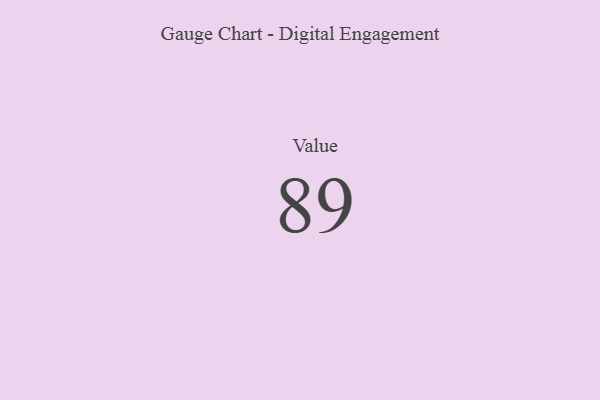
{"axis": {"x": "Metric", "y": "Value"}, "legend": [""], "data": [{"x": "Value", "y": 89, "type": ""}]}